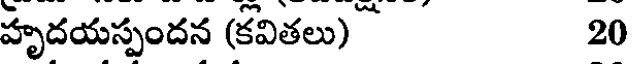
హృదయస్పందన (కవితలు) 20